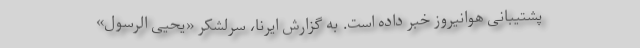
پشتیبانی هوانیروز خبر داده است. به گزارش ایرنا، سرلشکر «یحیی الرسول»